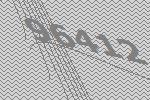
96412